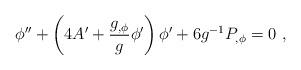
LaTeX: \begin{align*} \phi'' + \left (4 A'+{g_{,\phi}\over g} \phi'\right) \phi' + 6 g^{-1} P_{,\phi}=0\ ,\end{align*}